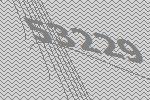
53229